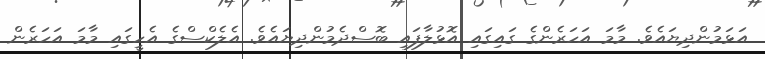
އަޅަމުންދިޔައެވެ. މާމަ އަހަރެންގެ ގައިގައި އޮޅުލާފައި ބޮސްދެމުންދިޔައެވެ. އެލެކްސްގެ އެހީގައި މާމަ އަހަރެން